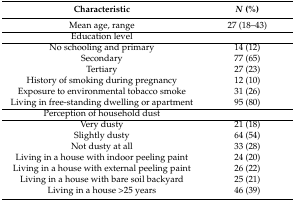
<table><thead><tr><td><b>Characteristic</b></td><td><b><i>N</i> (%)</b></td></tr></thead><tbody><tr><td>Mean age, range</td><td>27 (18–43)</td></tr><tr><td>Education level</td><td></td></tr><tr><td>No schooling and primary</td><td>14 (12)</td></tr><tr><td>Secondary</td><td>77 (65)</td></tr><tr><td>Tertiary</td><td>27 (23)</td></tr><tr><td>History of smoking during pregnancy</td><td>12 (10)</td></tr><tr><td>Exposure to environmental tobacco smoke</td><td>31 (26)</td></tr><tr><td>Living in free-standing dwelling or apartment</td><td>95 (80)</td></tr><tr><td>Perception of household dust</td><td></td></tr><tr><td>Very dusty</td><td>21 (18)</td></tr><tr><td>Slightly dusty</td><td>64 (54)</td></tr><tr><td>Not dusty at all</td><td>33 (28)</td></tr><tr><td>Living in a house with indoor peeling paint</td><td>24 (20)</td></tr><tr><td>Living in a house with external peeling paint</td><td>26 (22)</td></tr><tr><td>Living in a house with bare soil backyard</td><td>25 (21)</td></tr><tr><td>Living in a house &gt;25 years</td><td>46 (39)</td></tr></tbody></table>